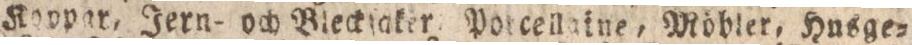
Koppar, Jern- och Bleckſaker. Potcellaine, Möbler, Husge=